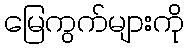
မြေကွက်များကို